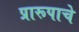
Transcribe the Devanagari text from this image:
प्रारूपाचे